65_HS1-834228961_62-HQ-83894_Section_8
Agency: FBI
Page 64
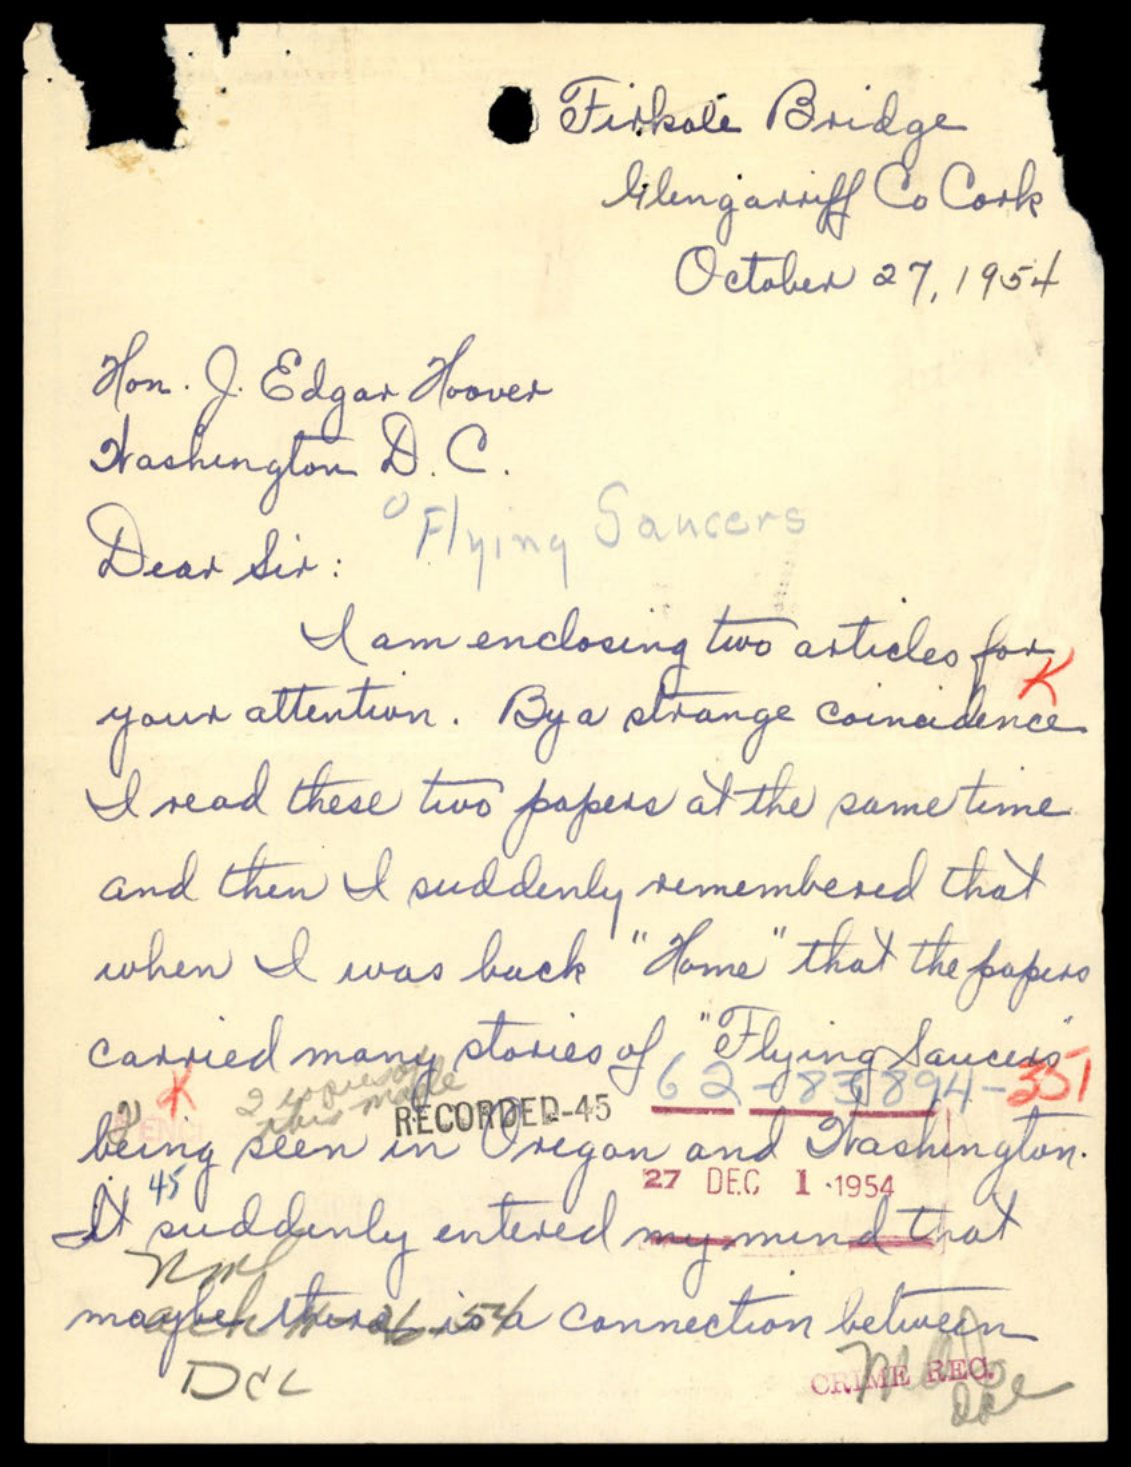